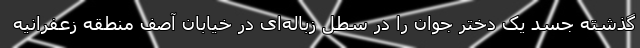
گذشته جسد یک دختر جوان را در سطل زباله‌ای در خیابان آصف منطقه زعفرانیه